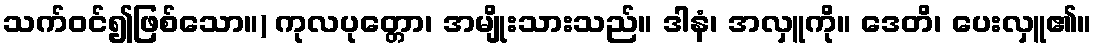
သက်ဝင်၍ဖြစ်သော။) ကုလပုတ္တော၊ အမျိုးသားသည်။ ဒါနံ၊ အလှူကို။ ဒေတိ၊ ပေးလှူ၏။